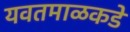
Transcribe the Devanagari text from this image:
यवतमाळकडे